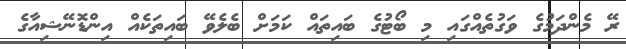
ރޭ މެންދަމުގެ ވަގުތެއްގައި މި ބޯޓުގެ ބައިތައް ކަމަށް ބެލެވޭ ބައިތަކެއް އިންޑޮނޭޝިއާގެ